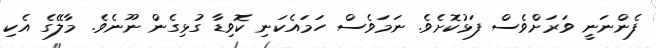
ފެންނަނީ ވަރަށްވެސް ފަޅުކޮށެވެ. ނަމަވެސް ހަމައެކަނި ކޮވިޑާ ގުޅިގެން ނޫނެވެ. މާލޭގެ އެކި